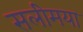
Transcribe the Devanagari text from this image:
सलीमया